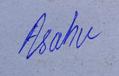
Signature authenticity: genuine